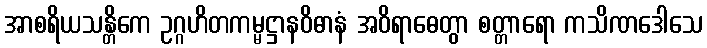
အာစရိယသန္တိကေ ဥဂ္ဂဟိတကမ္မဋ္ဌာနဝိဓာနံ အဝိရာဓေတွာ စတ္တာရော ကသိဏဒေါသေ